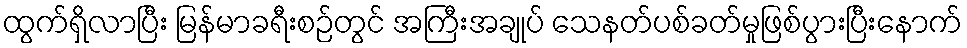
ထွက်ရှိလာပြီး မြန်မာခရီးစဉ်တွင် အကြီးအချုပ် သေနတ်ပစ်ခတ်မှုဖြစ်ပွားပြီးနောက်